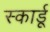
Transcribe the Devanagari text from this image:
स्कार्डू